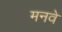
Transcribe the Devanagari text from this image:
मनवे